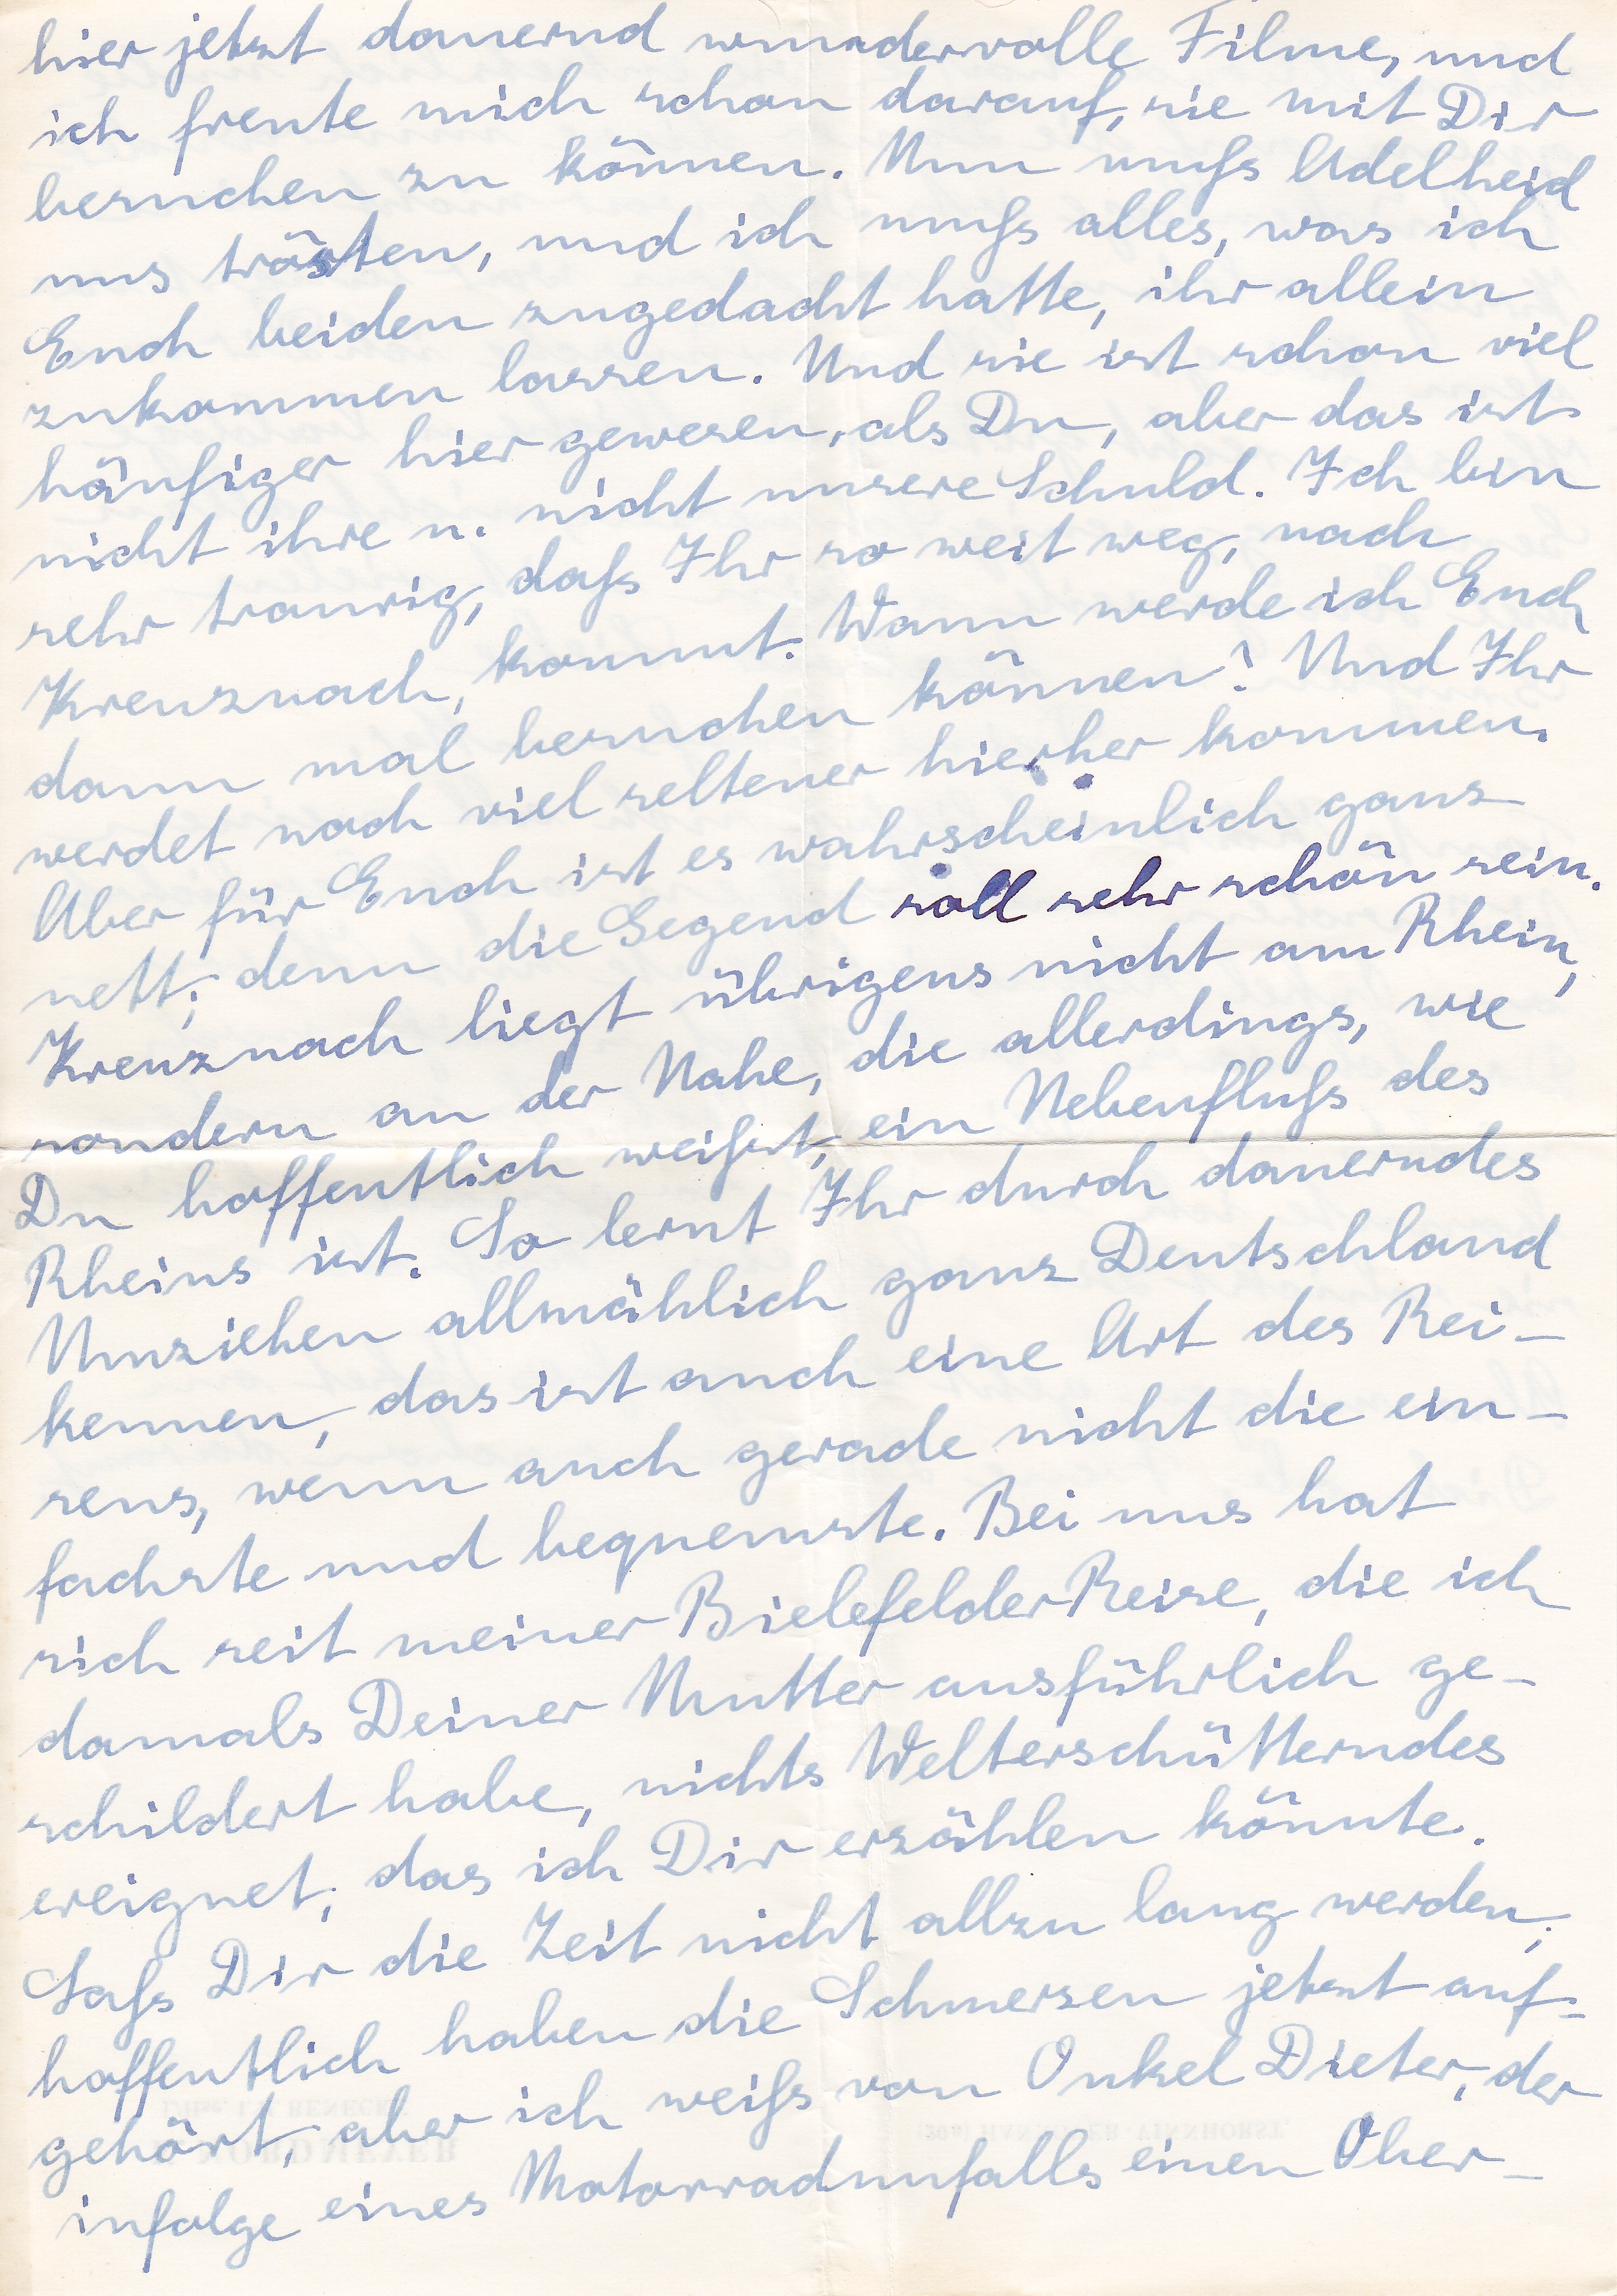
hier jetzt dauernd wundervolle Filme, und
ich freute mich schon darauf, sie mit Dir
besuchen zu können. Nun muß Adelheid
uns trösten, und ich muß alles, was ich
Euch beiden zugedacht hatte, ihr allein
zukommen lassen. Und sie ist schon viel
häufiger hier gewesen, als Du, aber das ist
nicht ihre u. nicht unsere Schuld. Ich bin
sehr traurig, daß Ihr so weit weg, nach
Kreuznach, kommt. Wann werde ich Euch
dann mal besuchen können? Und Ihr
werdet noch viel seltener hierher kommen.
Aber für Euch ist es wahrscheinlich ganz
nett; denn die Gegend soll sehr schön sein.
Kreuznach liegt übrigens nicht am Rhein
sondern an der Nahe, die allerdings, wie
Du hoffentlich weißt, ein Nebenfluß des
Rheins ist. So lernt Ihr durch dauerndes
Umziehen allmählich ganz Deutschland
kennen, das ist auch eine Art des Rei
sens, wenn auch gerade nicht die ein
fachste und bequemste. Bei uns hat
sich seit meiner Bielefelder Reise, die ich
damals Deiner Mutter ausführlich ge
schildert habe, nichts Welterschütterndes
ereignet, das ich Dir erzählen könnte.
Laß Dir die Zeit nicht allzu lang werden;
hoffentlich haben die Schmerzen jetzt auf
gehört, aber ich weiß von Onkel Dieter, der
eines Motorradunfalls einen Ober
infolge